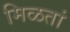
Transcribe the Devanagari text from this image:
मिळतां